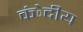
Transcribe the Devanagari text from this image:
कंेदीय